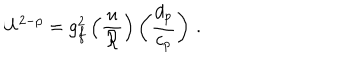
U ^ { 2 - p } = g _ { f } ^ { 2 } \left( { \frac { u } { \cal R } } \right) \left( { \frac { d _ { p } } { c _ { p } } } \right) \, .